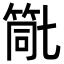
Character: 𮅗